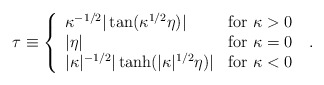
\begin{align*}\tau \equiv \left\{\begin{array}{ll}\kappa^{-1/2} |\tan (\kappa^{1/2}\eta)| & {\rm for}\ \kappa>0 \\|\eta| & {\rm for}\ \kappa=0 \\|\kappa|^{-1/2} |\tanh (|\kappa|^{1/2}\eta)| & {\rm for}\ \kappa<0\end{array}\right. \ .\end{align*}